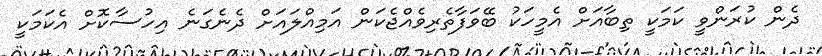
ދެން ކުރަންވީ ކަމަކީ ތިބާއަށް އެމީހަކު ބޭވަފާތެރިވެއްޖެކަން އަމިއްލައަށް ދެނެގަނެ އިހުސާކޮށް އެކަމަކީ